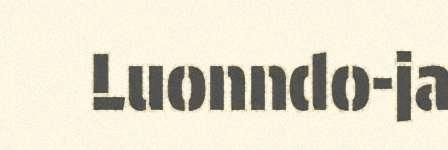
Luonndo-ja